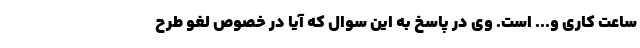
ساعت کاری و... است. وی در پاسخ به این سوال که آیا در خصوص لغو طرح